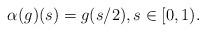
LaTeX: \begin{align*}\alpha(g)(s) = g(s/2), s \in [0,1).\end{align*}